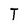
Character: T